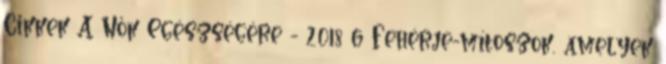
Cikkek A Nők Egészségére - 2018 6 Fehérje-mítoszok, amelyek